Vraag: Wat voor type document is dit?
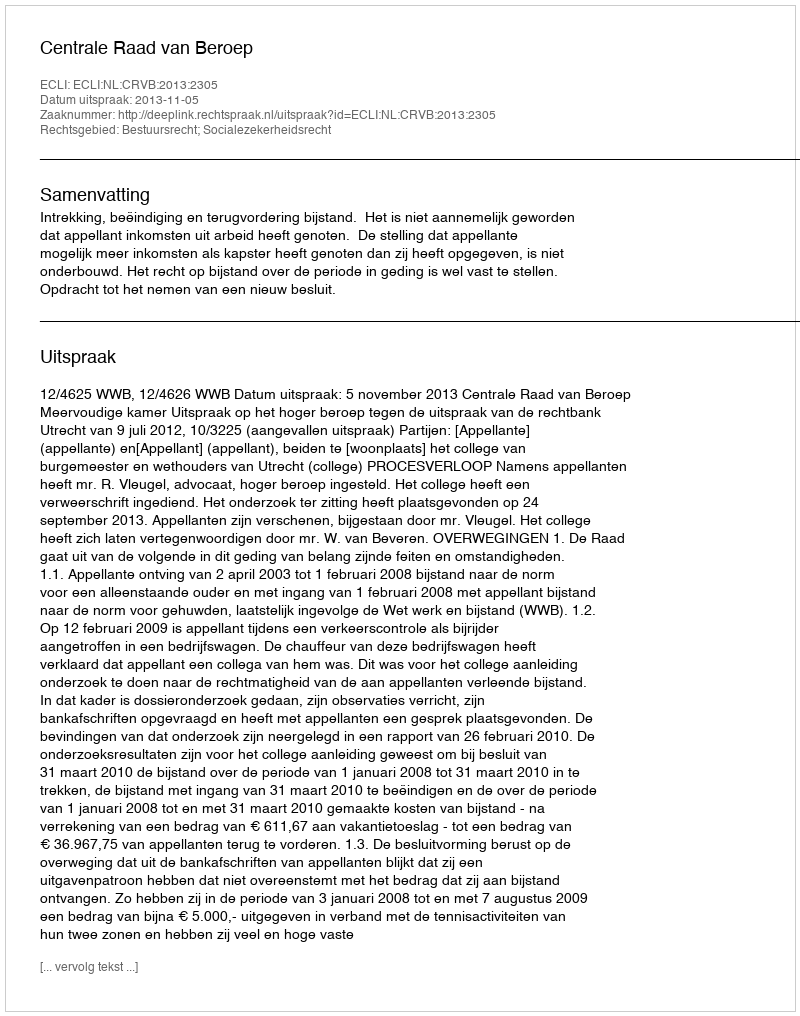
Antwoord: Uitspraak